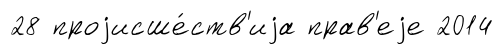
28 проjисше́ств'иjа прав'еjе 2014